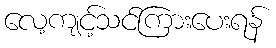
လေ့ကျင့်သင်ကြားပေးရန်